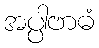
အပ္ပါဗာဓံ